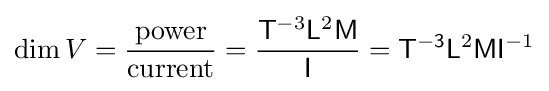
\operatorname {dim} V={\frac {\text{power}}{\text{current}}}={\frac {{\mathsf {T}}^{-3}{\mathsf {L}}^{2}{\mathsf {M}}}{\mathsf {I}}}={\mathsf {T^{-3}}}{\mathsf {L}}^{2}{\mathsf {M}}{\mathsf {I}}^{-1}